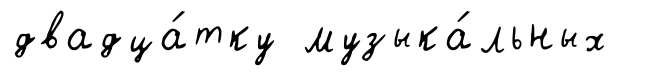
двадца́тку музыка́льных